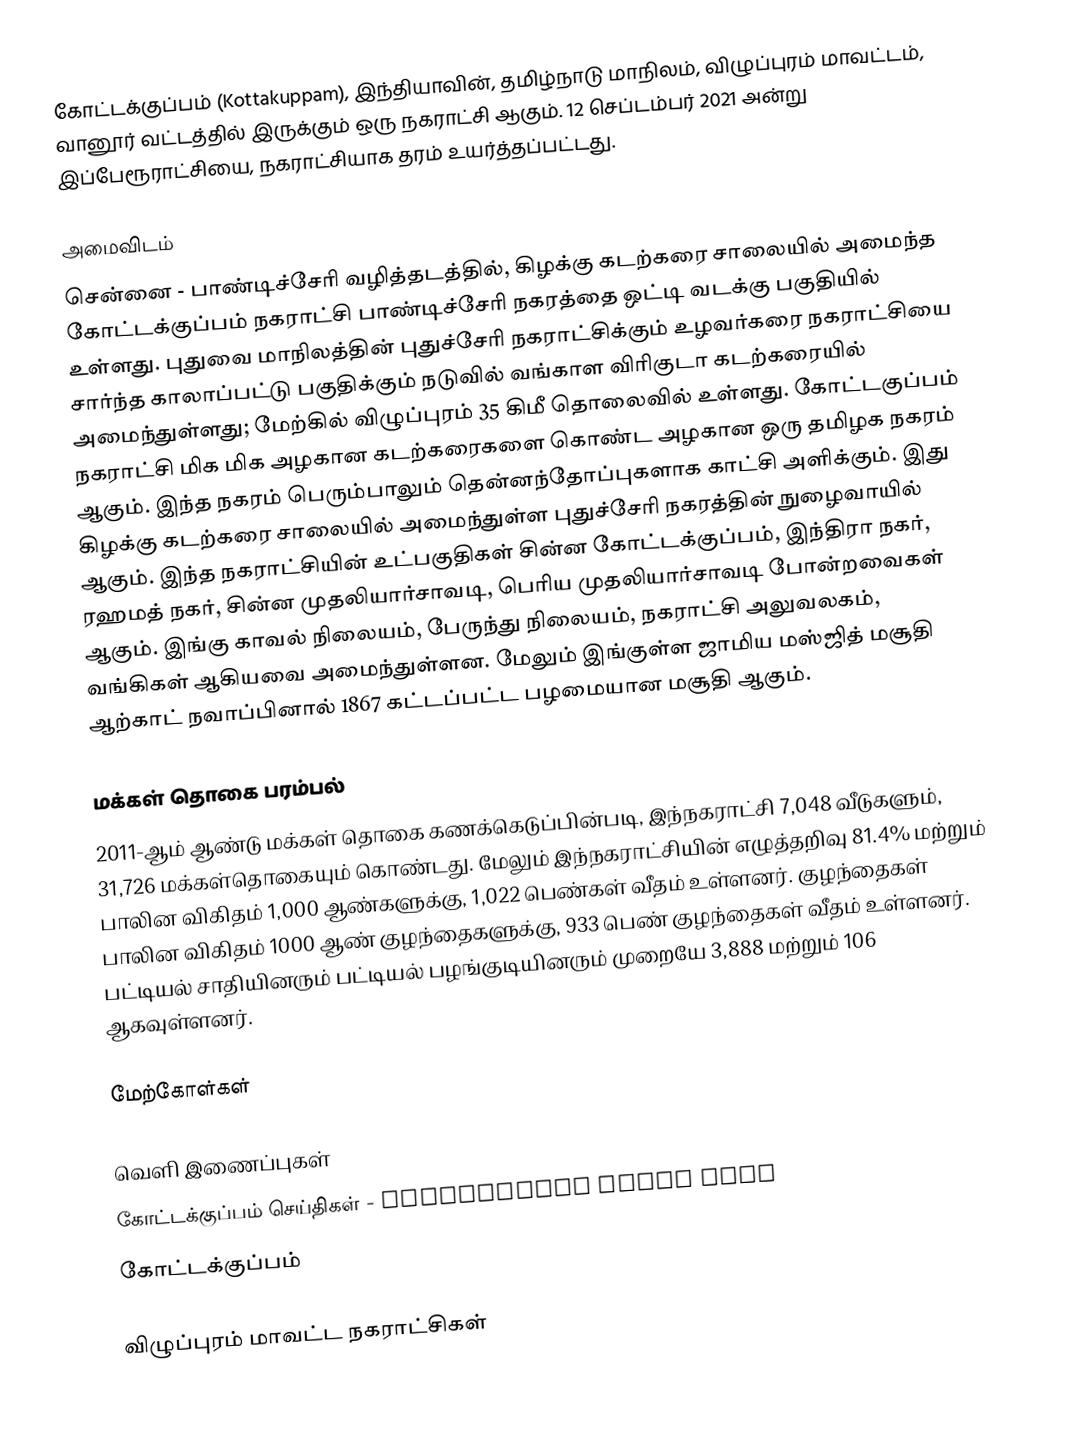
கோட்டக்குப்பம் (Kottakuppam), இந்தியாவின், தமிழ்நாடு மாநிலம், விழுப்புரம் மாவட்டம், வானூர் வட்டத்தில் இருக்கும் ஒரு நகராட்சி ஆகும். 12 செப்டம்பர் 2021 அன்று இப்பேரூராட்சியை, நகராட்சியாக தரம் உயர்த்தப்பட்டது.

அமைவிடம்
சென்னை - பாண்டிச்சேரி வழித்தடத்தில், கிழக்கு கடற்கரை சாலையில் அமைந்த கோட்டக்குப்பம் நகராட்சி பாண்டிச்சேரி நகரத்தை ஒட்டி வடக்கு பகுதியில் உள்ளது. புதுவை மாநிலத்தின் புதுச்சேரி நகராட்சிக்கும் உழவர்கரை நகராட்சியை சார்ந்த காலாப்பட்டு பகுதிக்கும் நடுவில் வங்காள விரிகுடா கடற்கரையில் அமைந்துள்ளது; மேற்கில் விழுப்புரம் 35 கிமீ தொலைவில் உள்ளது. கோட்டகுப்பம் நகராட்சி மிக மிக அழகான கடற்கரைகளை கொண்ட அழகான ஒரு தமிழக நகரம் ஆகும். இந்த நகரம் பெரும்பாலும் தென்னந்தோப்புகளாக காட்சி அளிக்கும். இது கிழக்கு கடற்கரை சாலையில் அமைந்துள்ள புதுச்சேரி நகரத்தின் நுழைவாயில் ஆகும். இந்த நகராட்சியின் உட்பகுதிகள் சின்ன கோட்டக்குப்பம், இந்திரா நகர், ரஹமத் நகர், சின்ன முதலியார்சாவடி, பெரிய முதலியார்சாவடி போன்றவைகள் ஆகும். இங்கு காவல் நிலையம், பேருந்து நிலையம்,  நகராட்சி அலுவலகம், வங்கிகள் ஆகியவை அமைந்துள்ளன. மேலும் இங்குள்ள ஜாமிய மஸ்ஜித் மசூதி ஆற்காட் நவாப்பினால் 1867 கட்டப்பட்ட பழமையான மசூதி ஆகும்.

மக்கள் தொகை பரம்பல்
2011-ஆம் ஆண்டு மக்கள் தொகை கணக்கெடுப்பின்படி, இந்நகராட்சி 7,048    வீடுகளும், 31,726 மக்கள்தொகையும் கொண்டது. மேலும் இந்நகராட்சியின் எழுத்தறிவு 81.4% மற்றும் பாலின விகிதம் 1,000 ஆண்களுக்கு,  1,022 பெண்கள் வீதம் உள்ளனர். குழந்தைகள் பாலின விகிதம் 1000 ஆண் குழந்தைகளுக்கு, 933  பெண் குழந்தைகள் வீதம் உள்ளனர்.  பட்டியல் சாதியினரும் பட்டியல் பழங்குடியினரும் முறையே 3,888 மற்றும் 106 ஆகவுள்ளனர்.

மேற்கோள்கள்

வெளி இணைப்புகள்
 கோட்டக்குப்பம் செய்திகள் - Kottakuppam Today News
 கோட்டக்குப்பம்

விழுப்புரம் மாவட்ட நகராட்சிகள்